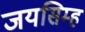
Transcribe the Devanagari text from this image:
जयसिम्ह